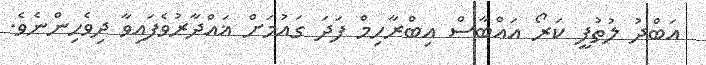
އަބްދު ލުތުފީ ކަރޯ އައްބާސް އިބްރާހިމް ފަދަ ގައުމަށް ޣައްދާރުވެފައިވާ ދިވެހިންނެވެ.